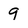
Character: 9